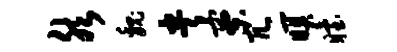
然魏央寮冗暝眙